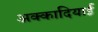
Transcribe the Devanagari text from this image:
अक्कादियाई